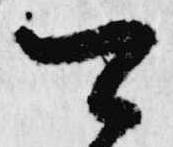
可